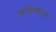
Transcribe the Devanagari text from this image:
विश्विवद्यालय